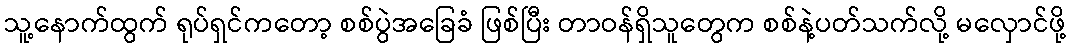
သူ့နောက်ထွက် ရုပ်ရှင်ကတော့ စစ်ပွဲအခြေခံ ဖြစ်ပြီး တာဝန်ရှိသူတွေက စစ်နဲ့ပတ်သက်လို့ မလှောင်ဖို့